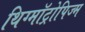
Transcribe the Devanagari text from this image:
थिग्मॉट्रोपिज्म